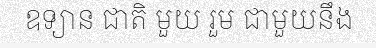
ឧទ្យាន ជាតិ មួយ រួម ជាមួយនឹង